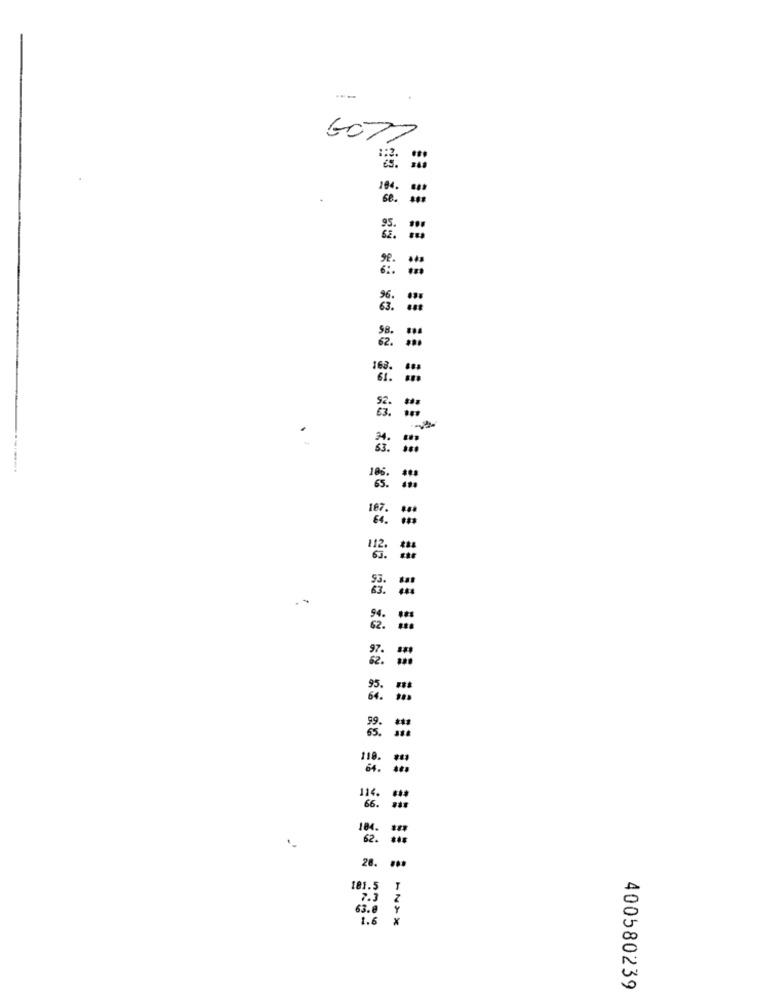
6077
1:2.
104.
...
se .
6:
.
119.
66.
184.
62 .
28.
181.5
2.3
1.6
*
400580239